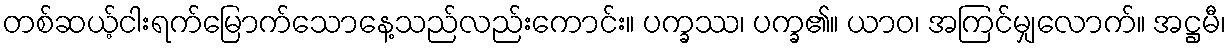
တစ်ဆယ့်ငါးရက်မြောက်သောနေ့သည်လည်းကောင်း။ ပက္ခဿ၊ ပက္ခ၏။ ယာဝ၊ အကြင်မျှလောက်။ အဋ္ဌမီ၊